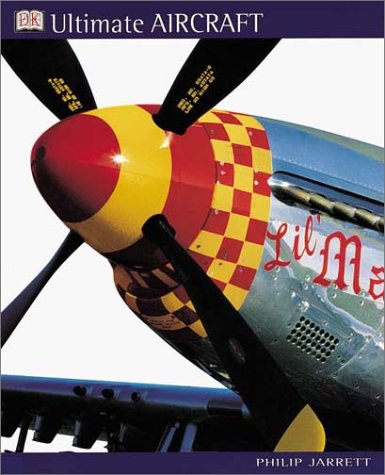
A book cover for Ultimate Aircraft; Philip Jarrett; Arts & Photography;